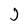
Character: J